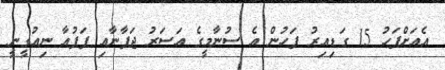
އެއަށްފަހު 15 ގަޑިއިރު ފަހުން އެ ސުނާމީގެ އަސަރު ޖަޕާނާއި ޕަޕުއާ ނިއުގީނީ